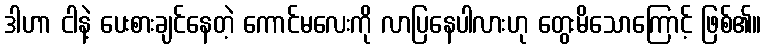
ဒါဟာ ငါနဲ့ ပေးစားချင်နေတဲ့ ကောင်မလေးကို လာပြနေပါလားဟု တွေးမိသောကြောင့် ဖြစ်၏။